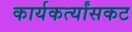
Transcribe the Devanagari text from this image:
कार्यकर्त्यांसकट